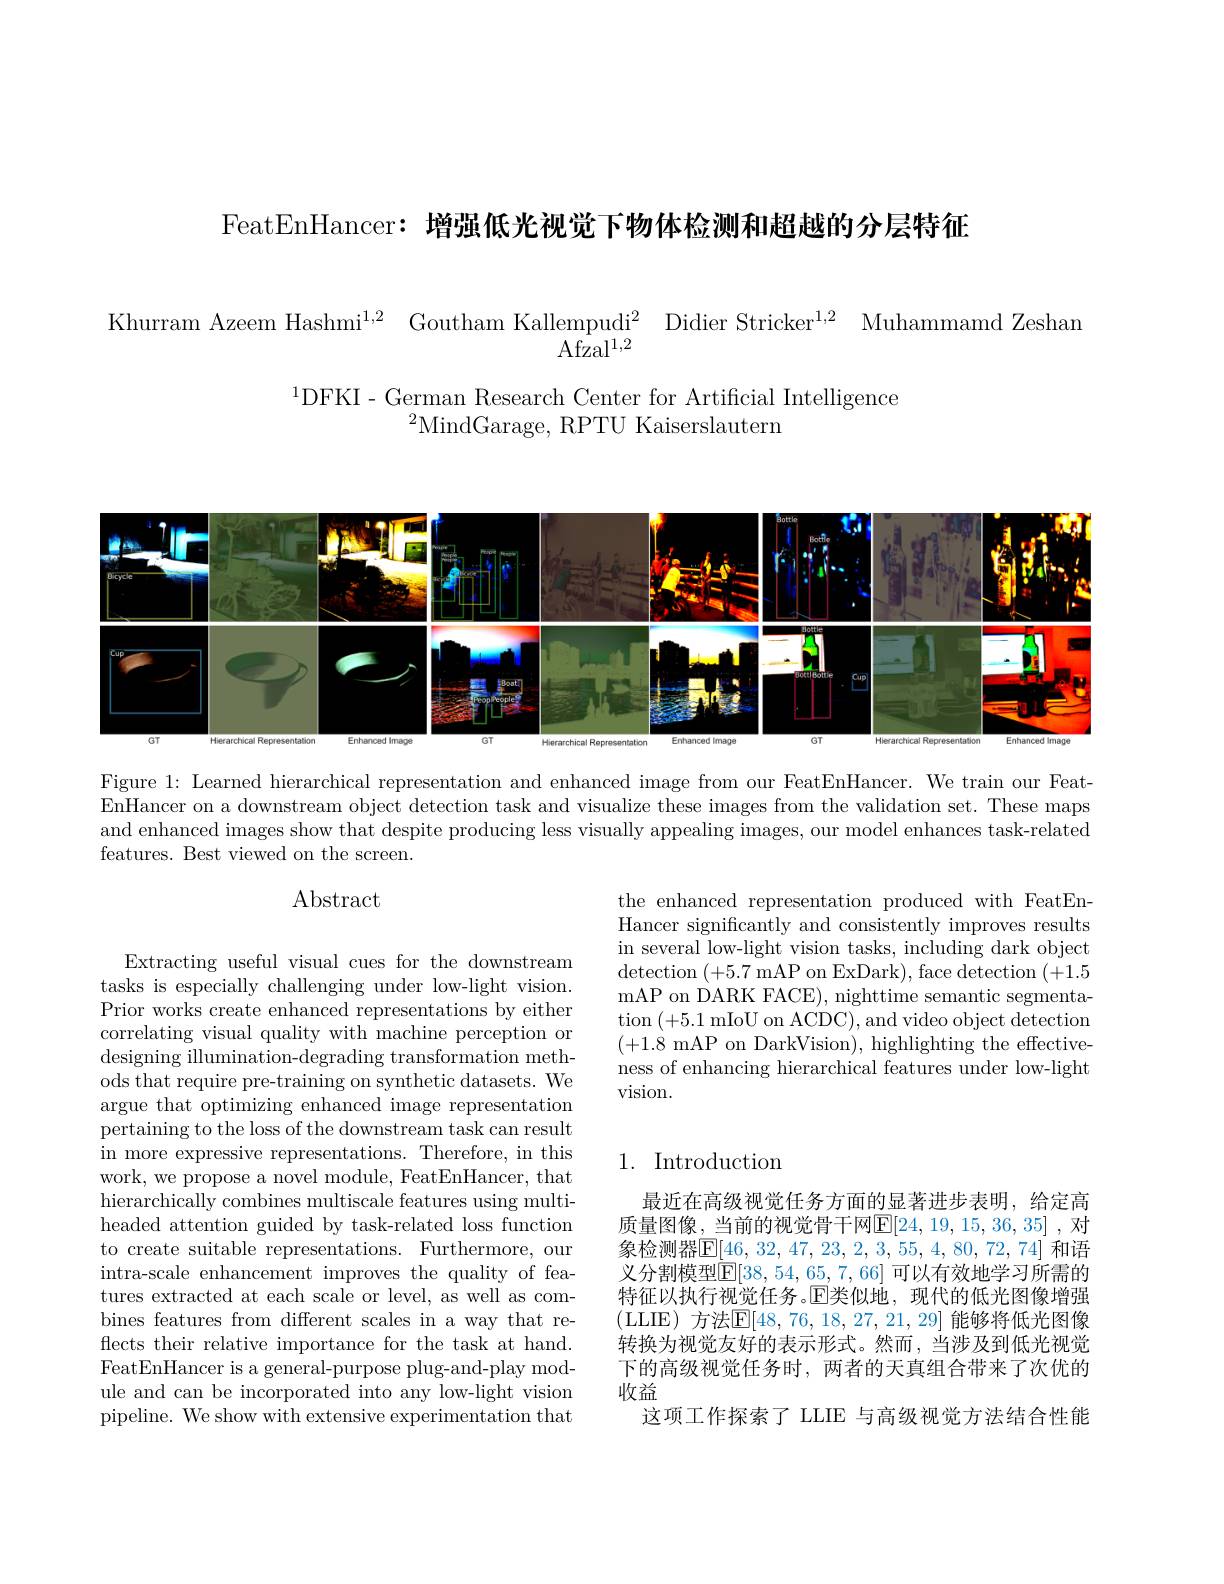
FeatEnHancer:增强低光视觉下物体检测和超越的分层特征

$\begin{array}{cc}{\mathrm{Khurram~Azeem~Hashmi}^{1,2}}&{\mathrm{Goutham~Kallempudi}^{2}}&{\mathrm{Didier~Stricker}^{1,2}}&{\mathrm{Muhammamd~Zeshan}}\\{\mathrm{Afzal}^{1,2}}&\end{array}$

$^{1}$DFKI-German Research Center for Artificial Intelligence
$^{2}$MindGarage, RPTU Kaiserslautern

<FigureHere>

Figure 1: Learned hierarchical representation and enhanced image from our FeatEnHancer. We train our FeatEnHancer on a downstream object detection task and visualize these images from the validation set. These maps and enhanced images show that despite producing less visually appealing images, our model enhances task-related features. Best viewed on the screen.

Abstract

the enhanced representation produced with FeatEnHancer significantly and consistently improves results in several low-light vision tasks, including dark object $\operatorname*{detection}\left(+5.7\right.$mAP on ExDark),face detection$\left(+1.5\right)$ mAP on DARK FACE), nighttime semantic segmentation (+5.1mIoU on ACDC),and video object detection (+1.8 mAP on DarkVision), highlighting the effectiveness of enhancing hierarchical features under low-light vision.

## 1. Introduction

Extracting useful visual cues for the downstream tasks is especially challenging under low-light vision. Prior works create enhanced representations by either correlating visual quality with machine perception or designing illumination- degrading transformation meth- ods that require pre-training on synthetic datasets. We argue that optimizing enhanced image representation pertaining to the loss of the downstream task can result in more expressive representations. Therefore, in this work, we propose a novel module, FeatEnHancer, that hierarchically combines multiscale features using multiheaded attention guided by task-related loss function to create suitable representations. Furthermore, our intra-scale enhancement improves the quality of features extracted at each scale or level, as well as combines features from different scales in a way that reflects their relative importance for the task at hand. FeatEnHancer is a general-purpose plug-and-play module and can be incorporated into any low-light vision pipeline. We show with extensive experimentation that

最近在高级视觉任务方面的显著进步表明，给定高质量图像，当前的视觉骨干网$\boxed{\mathrm{E}}[24,19,15,36,35]$,对象检测器$\boxed{\mathrm{E}}[46,32,47,23,2,3,55,4,80,72,74]$ 和语义分割模型$\overline{\mathrm{E}}[38,54,65,7,66]$ 可以有效地学习所需的特征以执行视觉任务。$\mathbb{E}$类似地，现代的低光图像增强(LLIE)方法$\mathsf{E}[48,76,18,27,21,29]$能够将低光图像转换为视觉友好的表示形式。然而，当涉及到低光视觉下的高级视觉任务时，两者的天真组合带来了次优的收益
这项工作探索了 LLIE 与高级视觉方法结合性能